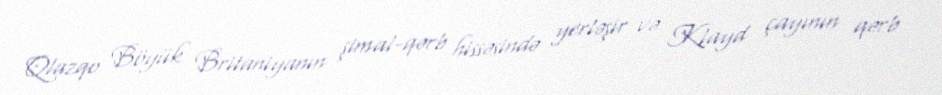
Qlazqo Böyük Britaniyanın şimal-qərb hissəsində yerləşir və Klayd çayının qərb